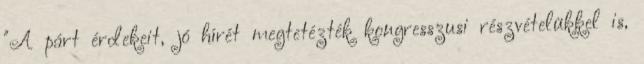
"A párt érdekeit, jó hírét megtetézték kongresszusi részvételükkel is,